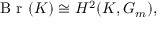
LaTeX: { \textrm { B r } } ( K ) \cong H ^ { 2 } ( K , G _ { m } ) ,